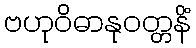
ဗဟုဝိဓာနုဝတ္တနိံ